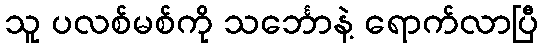
သူ ပလစ်မစ်ကို သင်္ဘောနဲ့ ရောက်လာပြီ